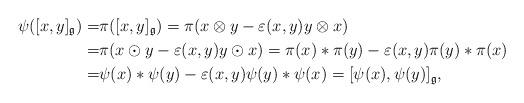
LaTeX: \begin{align*} \psi([x,y]_{\mathfrak{g}}) =&\pi([x,y]_{\mathfrak{g}}) = \pi(x\otimes y- \varepsilon(x,y) y\otimes x) \\ =& \pi(x\odot y- \varepsilon(x,y)y\odot x)= \pi(x)*\pi(y)-\varepsilon(x,y)\pi(y)*\pi(x) \\ = & \psi(x)*\psi(y)-\varepsilon(x,y)\psi(y)*\psi(x) =[\psi(x),\psi(y)]_{\mathfrak{g}},\end{align*}